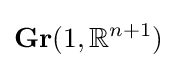
\mathbf {Gr} (1,\mathbb {R} ^{n+1})